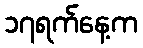
၁၇ရက်နေ့က